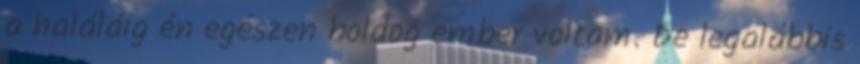
a haláláig én egészen boldog ember voltam. De legalábbis